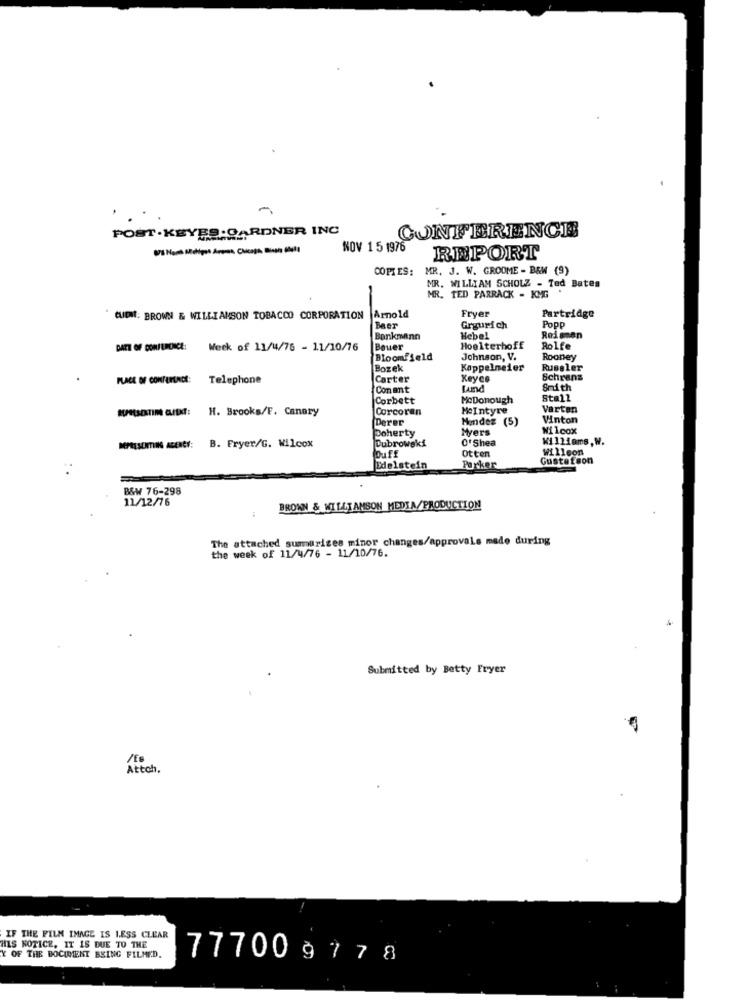
-
POST.KEYES:GARDNER INC
CONFERENCE
VS Nom Métipos Ame, Clicaji Bon dela
NOV 1 5 1976
REPORT
COPIES: MR. J. W. GROOME - B&W (9)
MR. WILLIAM SCHOLZ - Ted Bates
MR. TED PARRACK - KMG
Fryer
CUIDIT: BROWN & WILLIAMSON TOBACCO CORPORATION Arnold
Partridge
Mer
Gryurich
Popp
Bankmann
Hebel
Reissen
DATE OF CONFERENCE:
Week of 11/4/76 - 11/10/76
Bouer
Hoelterhoff
Rolfe
Bloomfield
Johnson, V.
Rooney
Bozek
Kappelmeier
Rumsler
PLACE OF CONFEMACE: Telephone
Carter
Xeyes
Schrans
Com ant
Lund
Smith
Corbett
MoDonough
Stall
KMUOTIM AID: H. Brooks/F. Canary
Corcoran
MeIntyre
Vartan
Derer
Mindez (
Vinton
Doherty
Myers
Wilcox
O'Shea
Williams, W.
MAISON AENCY: B. Fryer/G. Wilcox
Dubrowski
Willson
Ouff
Otten
Gustafson
Edelstein
Parker
B&W 76-298
11/12/76
:
BROWN & WILLIAMSON MEDIA/PRODUCTION
The attached summarizes minor changes/approvals made during
the week of 11/4/76 - 11/10/76.
Submitted by Betty Fryer
/Es
Attch.
IF THE FILM IMAGE IS LESS CLEAR
HIS NOTICE. IT IS DUE TO THE
Y OF THE DOCUMENT BEING FILMED.
77700 9778